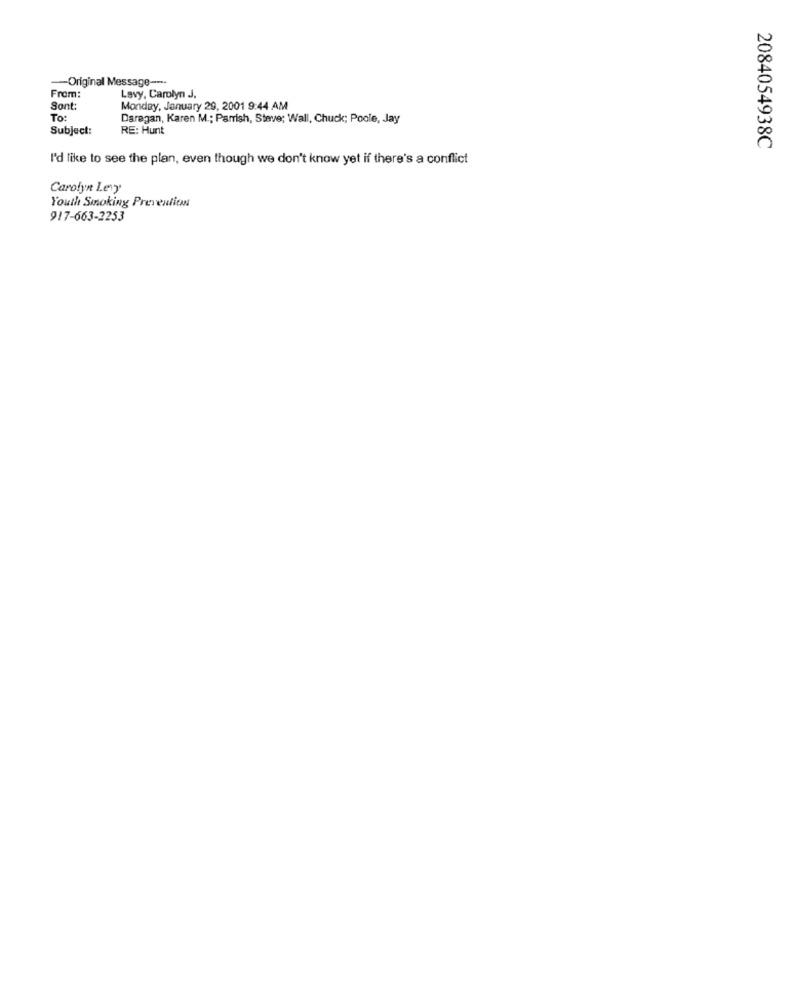
-Original Message ----
From:
Lavy, Carolyn J.
Sont
Monday, January 29, 2001 9:44 AM
To:
Daregan, Karen M .; Parrish, Steve; Wall, Chuck; Poole, Jay
Subject:
RE: Hunt
2084054938C
I'd like to see the plan, even though we don't know yet if there's a conflict
Carolyn Levy
Youth Smoking Preventitas
917-663-2253